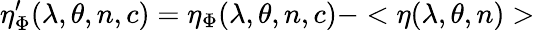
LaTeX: \eta_{\Phi}^{\prime}(\lambda,\theta,n,c)=\eta_{\Phi}(\lambda,\theta,n,c)-<\eta(\lambda,\theta,n)>